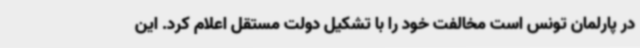
در پارلمان تونس است مخالفت خود را با تشکیل دولت مستقل اعلام کرد. این